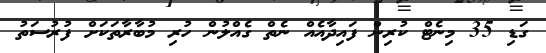
ގަޑި 35 މިނެޓް ކުރިން ފައިދާއެއް ނެތް ގެއްލުން ހުރި މުބާރާތަކަށް ފުރުސަތު